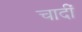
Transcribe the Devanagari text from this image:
चादीं